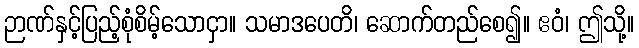
ဉာဏ်နှင့်ပြည့်စုံစိမ့်သောငှာ။ သမာဒပေတိ၊ ဆောက်တည်စေ၍။ ဧဝံ၊ ဤသို့။